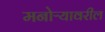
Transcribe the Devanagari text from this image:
मनोऱ्यावरील